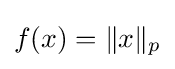
f(x)=\|x\|_{p}